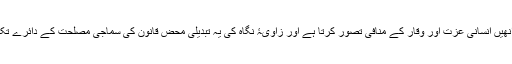
جدید ذہن کو یہ سزائیں سنگین،متشددانہ اور قدیم وحشیانہ دور کی یادگار دکھائی دیتی ہیں اور وہ انھیں انسانی عزت اور وقار کے منافی تصور کرتا ہے اور زاویۂ نگاہ کی یہ تبدیلی محض قانون کی سماجی مصلحت کے دائرے تک محدود نہیں، بلکہ یہ سوال قانون کی مابعد الطبیعیاتی اور اعتقادی بنیادوں کے ساتھ جڑا ہوا ہے۔